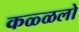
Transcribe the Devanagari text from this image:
कळ्ळलो